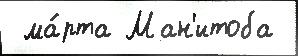
 ма́рта Ман'итоба